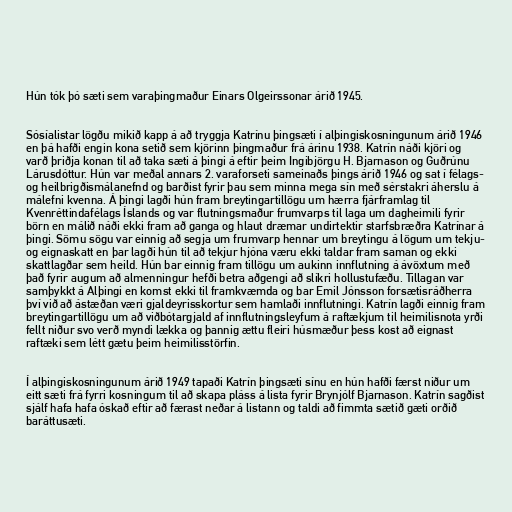
Hún tók þó sæti sem varaþingmaður Einars Olgeirssonar árið 1945.

Sósíalistar lögðu mikið kapp á að tryggja Katrínu þingsæti í alþingiskosningunum árið 1946
en þá hafði engin kona setið sem kjörinn þingmaður frá árinu 1938. Katrín náði kjöri og
varð þriðja konan til að taka sæti á þingi á eftir þeim Ingibjörgu H. Bjarnason og Guðrúnu
Lárusdóttur. Hún var meðal annars 2. varaforseti sameinaðs þings árið 1946 og sat í félags-
og heilbrigðismálanefnd og barðist fyrir þau sem minna mega sín með sérstakri áherslu á
málefni kvenna. Á þingi lagði hún fram breytingartillögu um hærra fjárframlag til
Kvenréttindafélags Íslands og var flutningsmaður frumvarps til laga um dagheimili fyrir
börn en málið náði ekki fram að ganga og hlaut dræmar undirtektir starfsbræðra Katrínar á
þingi. Sömu sögu var einnig að segja um frumvarp hennar um breytingu á lögum um tekju-
og eignaskatt en þar lagði hún til að tekjur hjóna væru ekki taldar fram saman og ekki
skattlagðar sem heild. Hún bar einnig fram tillögu um aukinn innflutning á ávöxtum með
það fyrir augum að almenningur hefði betra aðgengi að slíkri hollustufæðu. Tillagan var
samþykkt á Alþingi en komst ekki til framkvæmda og bar Emil Jónsson forsætisráðherra
því við að ástæðan væri gjaldeyrisskortur sem hamlaði innflutningi. Katrín lagði einnig fram
breytingartillögu um að viðbótargjald af innflutningsleyfum á raftækjum til heimilisnota yrði
fellt niður svo verð myndi lækka og þannig ættu fleiri húsmæður þess kost að eignast
raftæki sem létt gætu þeim heimilisstörfin.

Í alþingiskosningunum árið 1949 tapaði Katrín þingsæti sínu en hún hafði færst niður um
eitt sæti frá fyrri kosningum til að skapa pláss á lista fyrir Brynjólf Bjarnason. Katrín sagðist
sjálf hafa hafa óskað eftir að færast neðar á listann og taldi að fimmta sætið gæti orðið
baráttusæti.